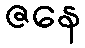
ဇနေ